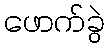
ဖောက်ခွဲ